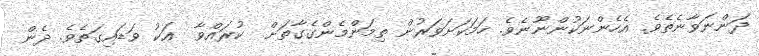
ދަންނަވާނެތެވެ. އެހެންނަކުންނޫނެވެ. ހަމަކަށަވަރުން ތިމަންމެންގެގާތަށް  ކުރައްވާ  އަކު ވަޑައިގަތެވެ. ދެން